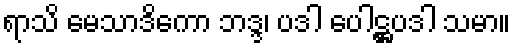
ရာသိ မေသာဒိကော ဘဒ္ဒ၊ ပဒါ ပေါဋ္ဌပဒါ သမာ။